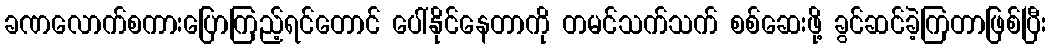
ခဏလောက်စကားပြောကြည့်ရင်တောင် ပေါ်နိုင်နေတာကို တမင်သက်သက် စစ်ဆေးဖို့ ခွင်ဆင်ခဲ့ကြတာဖြစ်ပြီး